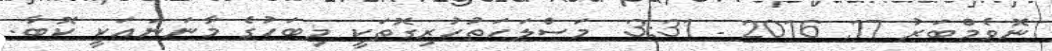
ނޮވެމްބަރު 17